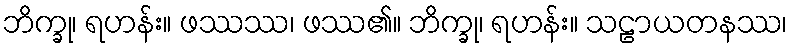
ဘိက္ခု၊ ရဟန်း။ ဖဿဿ၊ ဖဿ၏။ ဘိက္ခု၊ ရဟန်း။ သဠာယတနဿ၊